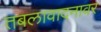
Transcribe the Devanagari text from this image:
तबलावादनावर